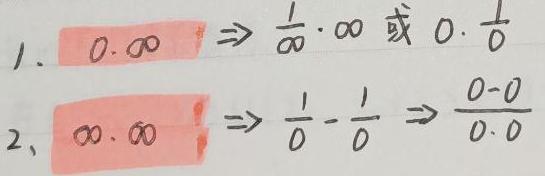
1. \(0\cdot\infty\Rightarrow\frac{1}{\infty}\cdot\infty\text{ 或 }0\cdot\frac{1}{0}\)
2. \(\infty\cdot\infty\Rightarrow\frac{1}{0}\cdot\frac{1}{0}\Rightarrow\frac{0 - 0}{0\cdot0}\)